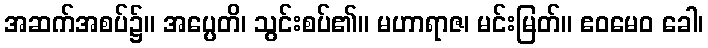
အဆက်အစပ်၌။ အပ္ပေတိ၊ သွင်းစပ်၏။ မဟာရာဇ၊ မင်းမြတ်။ ဧဝမေဝ ခေါ၊